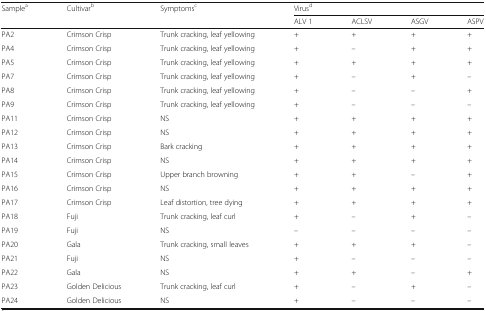
| <ROWSPAN=2> Samplea | <ROWSPAN=2> Cultivarb | <ROWSPAN=2> Symptomsc | <COLSPAN=4> Virusd |
 | ALV 1 | ACLSV | ASGV | ASPV |
 | --- | --- | --- | --- | --- | --- | --- |
 | PA2 | Crimson Crisp | Trunk cracking, leaf yellowing | + | + | + | + |
 | PA4 | Crimson Crisp | Trunk cracking, leaf yellowing | + | – | + | + |
 | PA5 | Crimson Crisp | Trunk cracking, leaf yellowing | + | + | + | + |
 | PA7 | Crimson Crisp | Trunk cracking, leaf yellowing | + | – | + | – |
 | PA8 | Crimson Crisp | Trunk cracking, leaf yellowing | + | – | – | + |
 | PA9 | Crimson Crisp | Trunk cracking, leaf yellowing | + | – | – | – |
 | PA11 | Crimson Crisp | NS | + | + | + | + |
 | PA12 | Crimson Crisp | NS | + | + | + | + |
 | PA13 | Crimson Crisp | Bark cracking | + | + | + | + |
 | PA14 | Crimson Crisp | NS | + | + | + | + |
 | PA15 | Crimson Crisp | Upper branch browning | + | + | – | + |
 | PA16 | Crimson Crisp | NS | + | + | + | + |
 | PA17 | Crimson Crisp | Leaf distortion, tree dying | + | + | + | + |
 | PA18 | Fuji | Trunk cracking, leaf curl | + | – | + | – |
 | PA19 | Fuji | NS | – | – | – | – |
 | PA20 | Gala | Trunk cracking, small leaves | + | + | + | – |
 | PA21 | Fuji | NS | + | – | – | – |
 | PA22 | Gala | NS | + | + | – | + |
 | PA23 | Golden Delicious | Trunk cracking, leaf curl | + | – | + | – |
 | PA24 | Golden Delicious | NS | + | – | – | – |